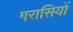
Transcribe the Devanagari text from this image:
गरासियों